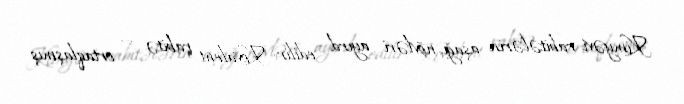
Kimyəvi rabitələrin aşağı növləri ayırd edilir: Kovalent rabitə — ortaqlaşmış